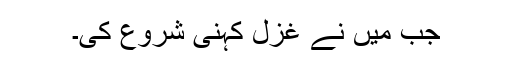
جب میں نے غزل کہنی شروع کی۔